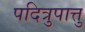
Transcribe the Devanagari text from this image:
पदित्रुपात्तु